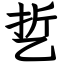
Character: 乴